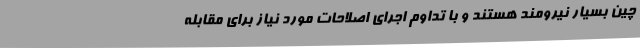
چین بسیار نیرومند هستند و با تداوم اجرای اصلاحات مورد نیاز برای مقابله